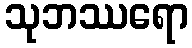
သုဘဿရော